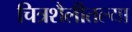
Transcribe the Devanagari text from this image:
चित्रशैलीतल्या